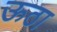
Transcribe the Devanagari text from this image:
ऊठा